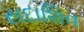
સદાશિવ